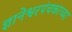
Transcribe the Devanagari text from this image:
ज्ञानेश्वरपंचकाच्या